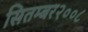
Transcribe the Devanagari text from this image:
सितम्बर२००८